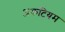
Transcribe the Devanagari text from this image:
अकटियम